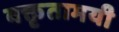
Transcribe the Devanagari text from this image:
वक्तृतामयी